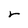
Character: r